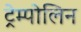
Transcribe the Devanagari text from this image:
ट्रेम्पोलिन